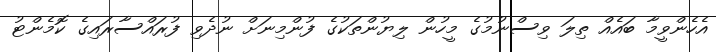
އެހެންވީމާ ބައެއް ތިލަ ވިސްނުމުގެ މީހުން ލިޔުންތަކުގެ ފުންމިނަށް ނުދެވި ފުރައްސާރައިގެ ކޮމެންޓު